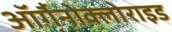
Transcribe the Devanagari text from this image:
ऑर्गैनोक्लोराइड